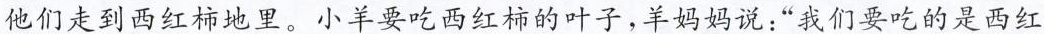
他们走到西红柿地里。小羊要吃西红柿的叶子，羊妈妈说：”我们要吃的是西红